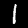
Digit: 1